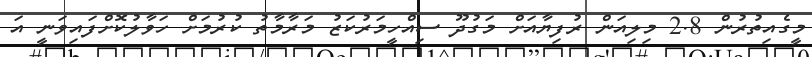
މީގެއިތުރުން 2.8 މިލިއަން ރުފިޔާއަށް މަގުދޫ ސިއްހީމަރުކަޒު މަރާމާތު ކުރުމަށް ހަވާލުކޮށްފައިވަނީ އަ